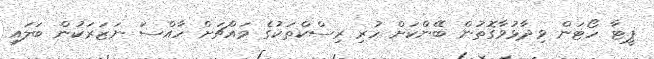
ޕީޓާ ހޯޓަން ވިދާޅުވާގޮތުން ބޭންކަށް ހުރި ރިސްކްތަކުގެ މައްޗަށް ހާއްސަ ނަޒަރަކުން ބަލައި